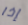
إذا